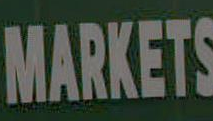
MARKETS